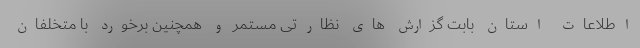
اطلاعات استان بابت گزارش های نظارتی مستمر و همچنین برخورد با متخلفان